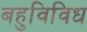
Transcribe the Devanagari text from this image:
बहुविविध